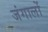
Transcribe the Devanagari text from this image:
जंगालों